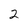
Character: 2